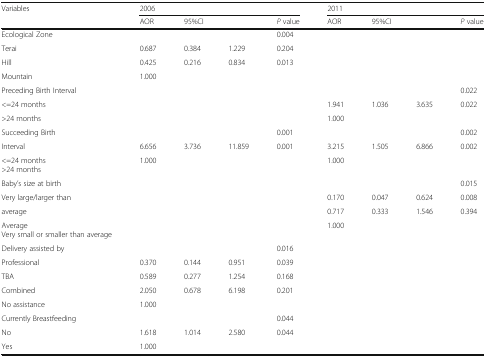
<table><thead><tr><td rowspan="2"><b>Variables</b></td><td colspan="4"><b>2006</b></td><td colspan="4"><b>2011</b></td></tr><tr><td><b>AOR</b></td><td colspan="2"><b>95%CI</b></td><td><b><i>P</i> value</b></td><td><b>AOR</b></td><td colspan="2"><b>95%CI</b></td><td><b><i>P</i> value</b></td></tr></thead><tbody><tr><td>Ecological Zone</td><td></td><td></td><td></td><td>0.004</td><td></td><td></td><td></td><td></td></tr><tr><td>Terai</td><td>0.687</td><td>0.384</td><td>1.229</td><td>0.204</td><td></td><td></td><td></td><td></td></tr><tr><td>Hill</td><td>0.425</td><td>0.216</td><td>0.834</td><td>0.013</td><td></td><td></td><td></td><td></td></tr><tr><td>Mountain</td><td>1.000</td><td></td><td></td><td></td><td></td><td></td><td></td><td></td></tr><tr><td>Preceding Birth Interval</td><td></td><td></td><td></td><td></td><td></td><td></td><td></td><td>0.022</td></tr><tr><td>&lt;=24 months</td><td></td><td></td><td></td><td></td><td>1.941</td><td>1.036</td><td>3.635</td><td>0.022</td></tr><tr><td>&gt;24 months</td><td></td><td></td><td></td><td></td><td>1.000</td><td></td><td></td><td></td></tr><tr><td>Succeeding Birth</td><td></td><td></td><td></td><td>0.001</td><td></td><td></td><td></td><td>0.002</td></tr><tr><td>Interval</td><td>6.656</td><td>3.736</td><td>11.859</td><td>0.001</td><td>3.215</td><td>1.505</td><td>6.866</td><td>0.002</td></tr><tr><td>&lt;=24 months&gt;24 months</td><td>1.000</td><td></td><td></td><td></td><td>1.000</td><td></td><td></td><td></td></tr><tr><td>Baby’s size at birth</td><td></td><td></td><td></td><td></td><td></td><td></td><td></td><td>0.015</td></tr><tr><td>Very large/larger than</td><td></td><td></td><td></td><td></td><td>0.170</td><td>0.047</td><td>0.624</td><td>0.008</td></tr><tr><td>average</td><td></td><td></td><td></td><td></td><td>0.717</td><td>0.333</td><td>1.546</td><td>0.394</td></tr><tr><td>AverageVery small or smaller than average</td><td></td><td></td><td></td><td></td><td>1.000</td><td></td><td></td><td></td></tr><tr><td>Delivery assisted by</td><td></td><td></td><td></td><td>0.016</td><td></td><td></td><td></td><td></td></tr><tr><td>Professional</td><td>0.370</td><td>0.144</td><td>0.951</td><td>0.039</td><td></td><td></td><td></td><td></td></tr><tr><td>TBA</td><td>0.589</td><td>0.277</td><td>1.254</td><td>0.168</td><td></td><td></td><td></td><td></td></tr><tr><td>Combined</td><td>2.050</td><td>0.678</td><td>6.198</td><td>0.201</td><td></td><td></td><td></td><td></td></tr><tr><td>No assistance</td><td>1.000</td><td></td><td></td><td></td><td></td><td></td><td></td><td></td></tr><tr><td>Currently Breastfeeding</td><td></td><td></td><td></td><td>0.044</td><td></td><td></td><td></td><td></td></tr><tr><td>No</td><td>1.618</td><td>1.014</td><td>2.580</td><td>0.044</td><td></td><td></td><td></td><td></td></tr><tr><td>Yes</td><td>1.000</td><td></td><td></td><td></td><td></td><td></td><td></td><td></td></tr></tbody></table>